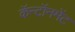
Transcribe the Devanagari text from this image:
कॅन्टॉनमेंट